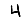
Digit: 4